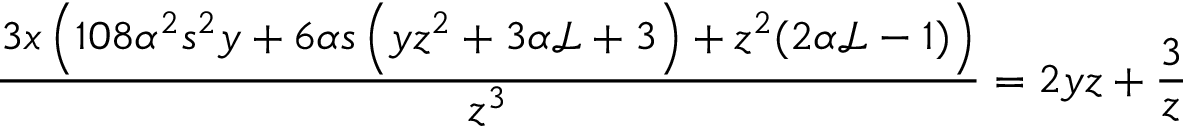
\frac { 3 x \left( 1 0 8 \alpha ^ { 2 } s ^ { 2 } y + 6 \alpha s \left( y z ^ { 2 } + 3 \alpha \mathcal { L } + 3 \right) + z ^ { 2 } ( 2 \alpha \mathcal { L } - 1 ) \right) } { z ^ { 3 } } = 2 y z + \frac { 3 } { z }